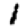
Digit: 1